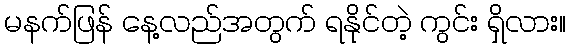
မနက်ဖြန် နေ့လည်အတွက် ရနိုင်တဲ့ ကွင်း ရှိလား။